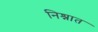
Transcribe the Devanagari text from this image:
निश्नात